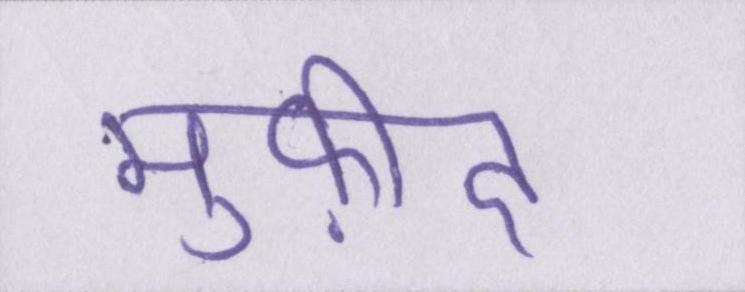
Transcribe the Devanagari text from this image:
मुफ़ीद